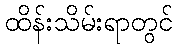
ထိန်းသိမ်းရာတွင်